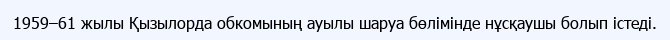
1959–61 жылы Қызылорда обкомының ауылы шаруа бөлімінде нұсқаушы болып істеді.